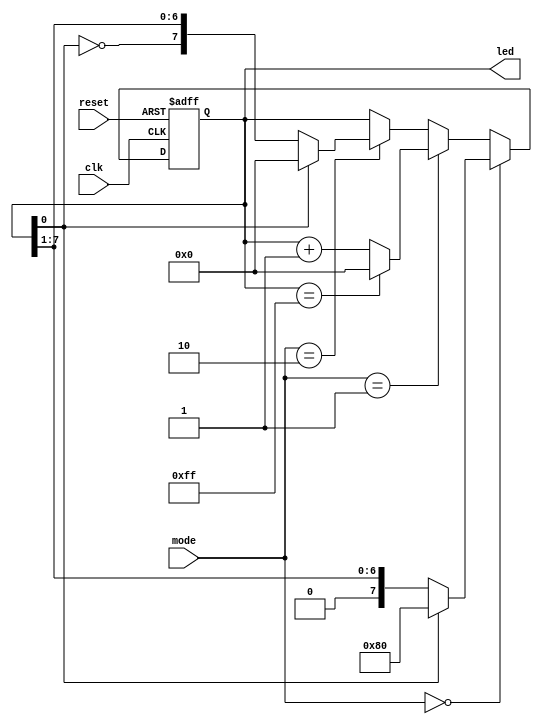
module mode(
input clk, reset,
    input [1:0] mode,
    output reg [7:0] led
);
initial led =8'b100000000;
    always @(posedge clk or posedge reset) 
	   begin
        if (reset)
            led <= 8'h01;
        else 
            if (mode == 2'b00) begin
                if (led[0] == 1)
                    led <= 8'b10000000;
					 else
						  led <= led >> 1;					 
					 end
		  else 
				if (mode == 2'b01) begin
                if (led == 8'b11111111)
                    led <= 8'h00;
					 else 
						  led <= led + 1;
                end
        else
				if (mode == 2'b10) begin
					 if (led[0] == 1)
                    led <= 8'b00000000;
                else
						  led <= {~led[0], led[7:1]};            
					 end
	 end
endmodule